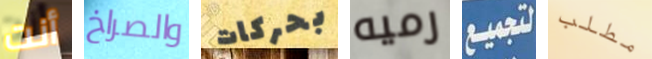
أنت والصراخ بحركات رميه لتجميع مطلب